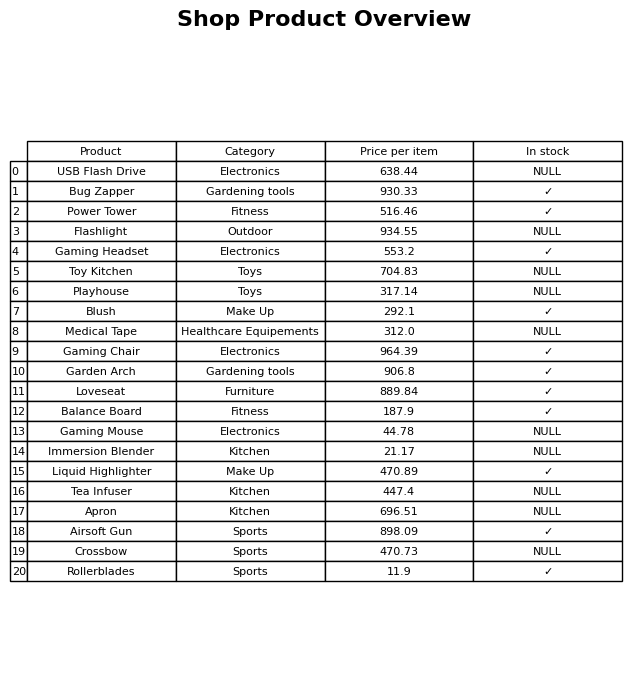
question: What category does the Rollerblades belong to?
answer: Sports